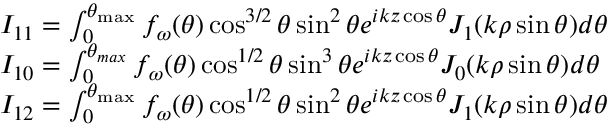
\begin{array} { r l } & { I _ { 1 1 } = \int _ { 0 } ^ { \theta _ { \operatorname* { m a x } } } f _ { \omega } ( \theta ) \cos ^ { 3 / 2 } \theta \sin ^ { 2 } \theta e ^ { i k z \cos \theta } J _ { 1 } ( k \rho \sin \theta ) d \theta } \\ & { I _ { 1 0 } = \int _ { 0 } ^ { \theta _ { m a x } } f _ { \omega } ( \theta ) \cos ^ { 1 / 2 } \theta \sin ^ { 3 } \theta e ^ { i k z \cos \theta } J _ { 0 } ( k \rho \sin \theta ) d \theta } \\ & { I _ { 1 2 } = \int _ { 0 } ^ { \theta _ { \operatorname* { m a x } } } f _ { \omega } ( \theta ) \cos ^ { 1 / 2 } \theta \sin ^ { 2 } \theta e ^ { i k z \cos \theta } J _ { 1 } ( k \rho \sin \theta ) d \theta } \end{array}